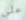
علي